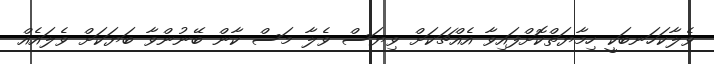
ވެލާކަހަނބަކީ ހިމާޔަތްކޮށްފައިވާ އެއްޗަކަށް ވިޔަސް ވެލާ މަސް ކާން ބޭނުންވާ ބަޔަކަށް ވެލައެއް